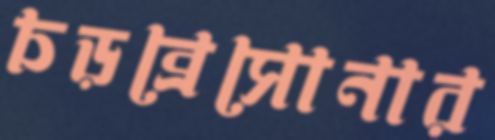
চড়ব্রেসোনার